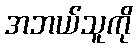
အဘယ်သူကို